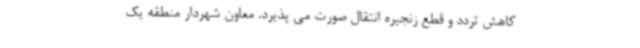
کاهش تردد و قطع زنجیره انتقال صورت می پذیرد. معاون شهردار منطقه یک